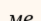
ме